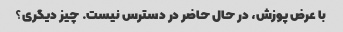
با عرض پوزش، در حال حاضر در دسترس نیست. چیز دیگری؟